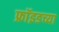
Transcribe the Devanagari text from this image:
फ्राॅइडच्या